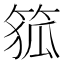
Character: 𮅜